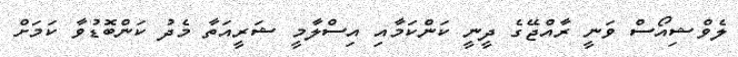
ލެވްޝިއޯސް ވަނީ ރާއްޖޭގެ ދީނީ ކަންކަމާއި އިސްލާމީ ޝަރީއަތާ މެދު ކަންބޮޑުވާ ކަމަށް